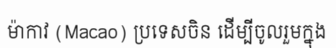
ម៉ាកាវ (Macao) ប្រទេសចិន ដើម្បីចូលរួមក្នុង